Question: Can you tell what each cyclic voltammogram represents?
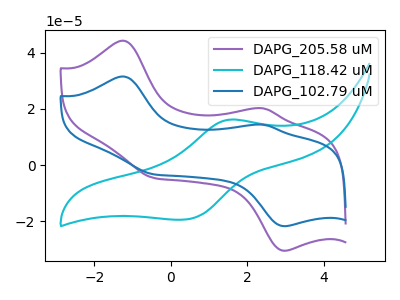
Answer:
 <answer>The purple curve is labeled "DAPG_205.58 uM". The cyan curve is labeled "DAPG_118.42 uM". The blue curve is labeled "DAPG_102.79 uM".</answer>
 <eval></eval>